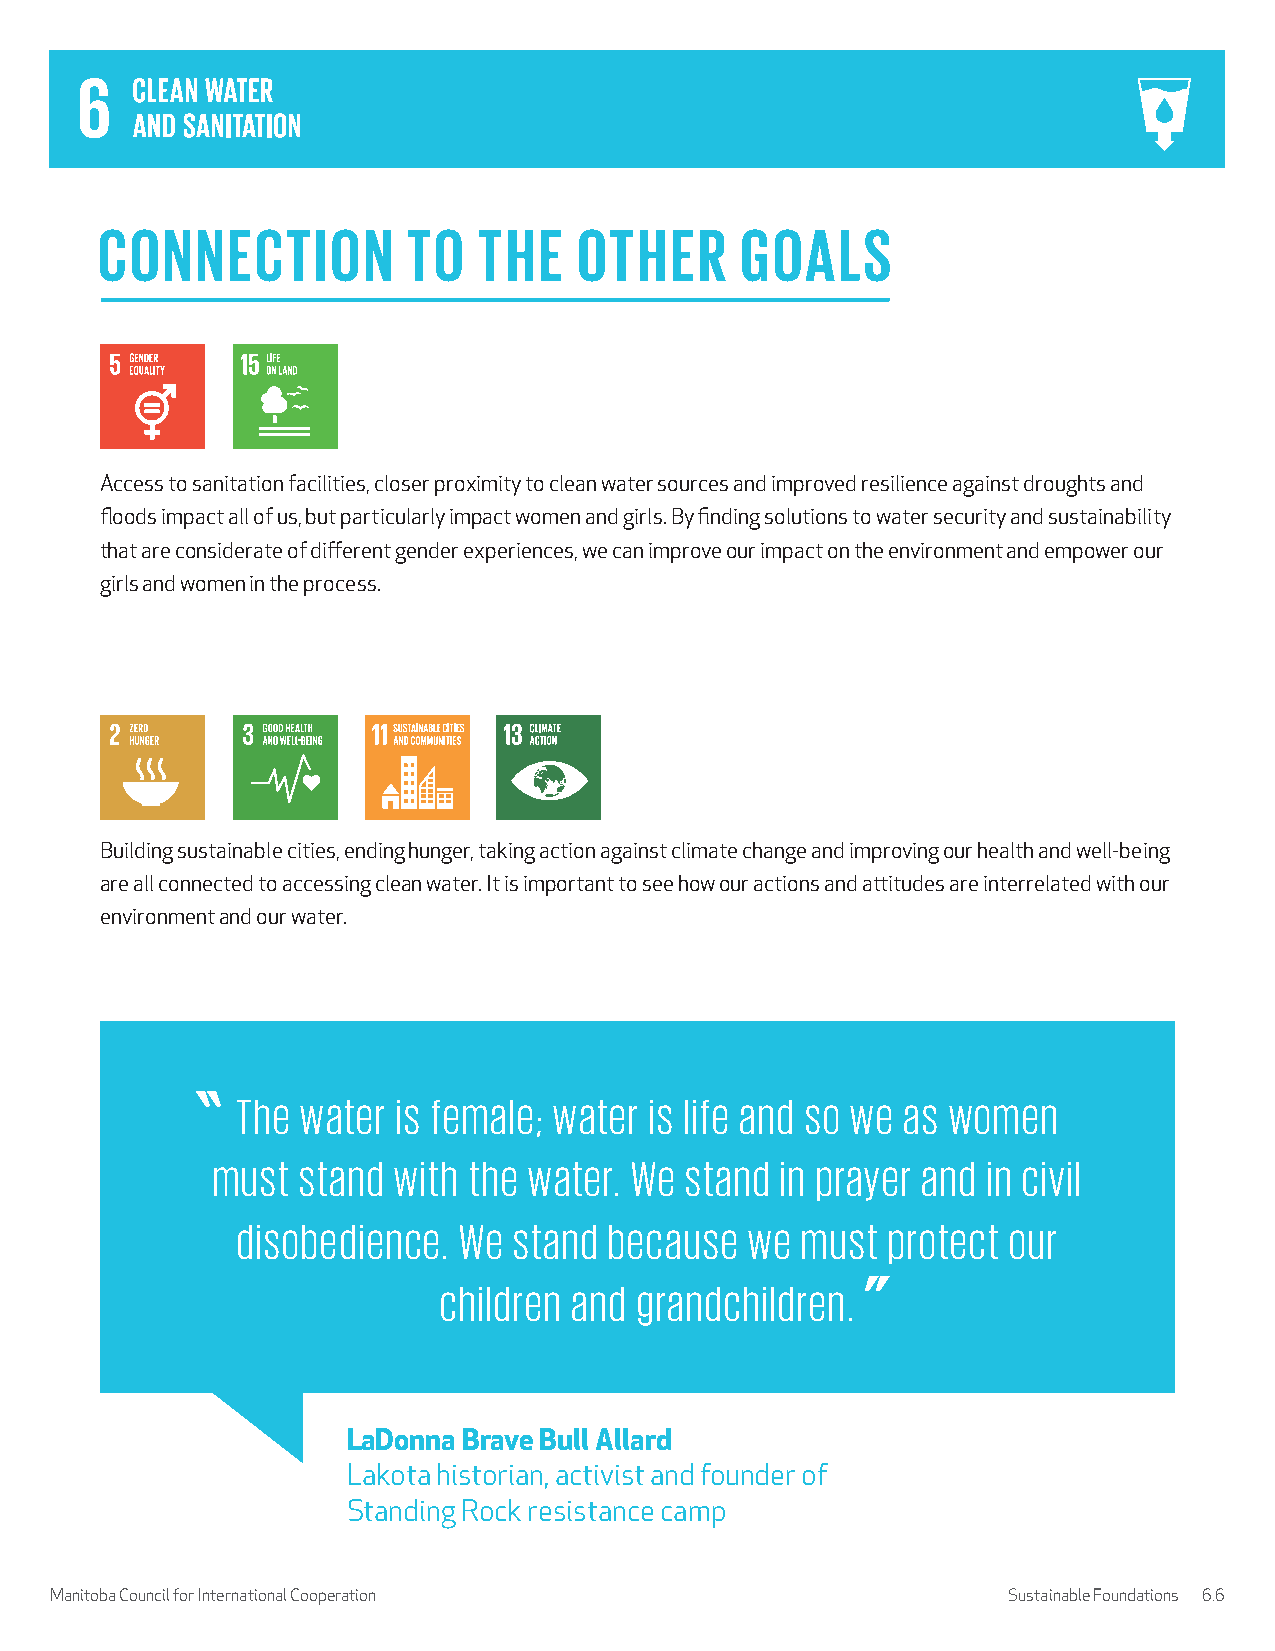
CONNECTION           TO   THE   OTHER      GOALS
 Access to sanitation facilities, closer proximity to clean water sources and improved resilience against droughts and
 floods impact all of us, but particularly impact women and girls. By finding solutions to water security and sustainability
 that are considerate of different gender experiences, we can improve our impact on the environment and empower our
 girls and women in the process.
 Building sustainable cities, ending hunger, taking action against climate change and improving our health and well-being
 are all connected to accessing clean water. It is important to see how our actions and attitudes are interrelated with our
 environment and our water.
 The water is female; water is life and so we as women
 must  stand with the water. We stand  in prayer and in civil
 disobedience. We  stand because   we must  protect our
 children and grandchildren.
 LaDonna Brave Bull Allard
 Lakota historian, activist and founder of
 Standing Rock resistance camp
 Manitoba Council for International Cooperation                  Sustainable Foundations 6.6